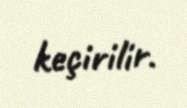
keçirilir.